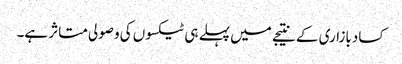
کسادبازاری کے نتیجے میں پہلے ہی ٹیکسوں کی وصولی متاثر ہے۔